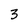
Character: 3